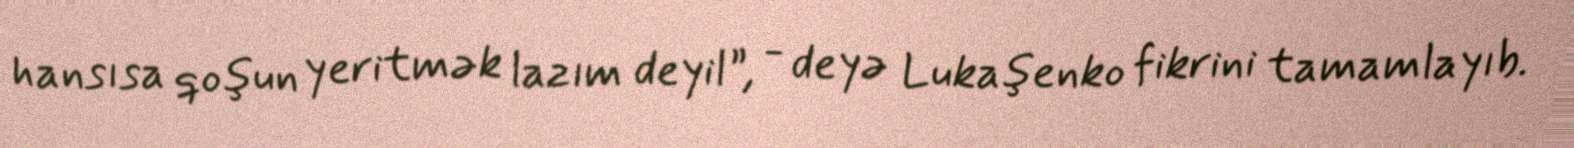
hansısa qoşun yeritmək lazım deyil”, - deyə Lukaşenko fikrini tamamlayıb.